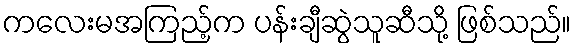
ကလေးမအကြည့်က ပန်းချီဆွဲသူဆီသို့ ဖြစ်သည်။